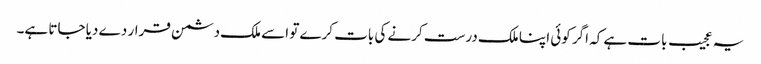
یہ عجیب بات ہے کہ اگر کوئی اپنا ملک درست کرنے کی بات کرے تو اسے ملک دشمن قرار دے دیا جاتا ہے۔